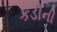
કડીની